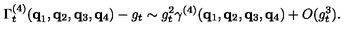
\Gamma _ { t } ^ { ( 4 ) } ( { \bf { q } } _ { 1 } , { \bf { q } } _ { 2 } , { \bf { q } } _ { 3 } , { \bf { q } } _ { 4 } ) - g _ { t } \sim g _ { t } ^ { 2 } \gamma ^ { ( 4 ) } ( { \bf { q } } _ { 1 } , { \bf { q } } _ { 2 } , { \bf { q } } _ { 3 } , { \bf { q } } _ { 4 } ) + O ( g _ { t } ^ { 3 } ) .